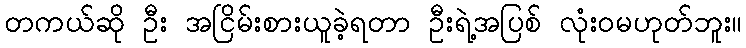
တကယ်ဆို ဦး အငြိမ်းစားယူခဲ့ရတာ ဦးရဲ့အပြစ် လုံးဝမဟုတ်ဘူး။